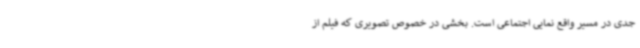
جدی در مسیر واقع نمایی اجتماعی است. بخشی در خصوص تصویری که فیلم از